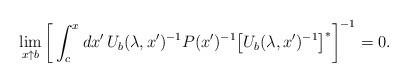
LaTeX: \begin{align*}\lim_{x \uparrow b} \bigg[\int_c^x dx' \, U_b(\lambda,x')^{-1} P(x')^{-1} \big[U_b(\lambda,x')^{-1}\big]^*\bigg]^{-1} = 0.\end{align*}